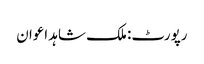
رپورٹ: ملک شاہد اعوان